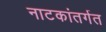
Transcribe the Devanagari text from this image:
नाटकांतर्गत